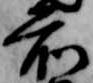
前